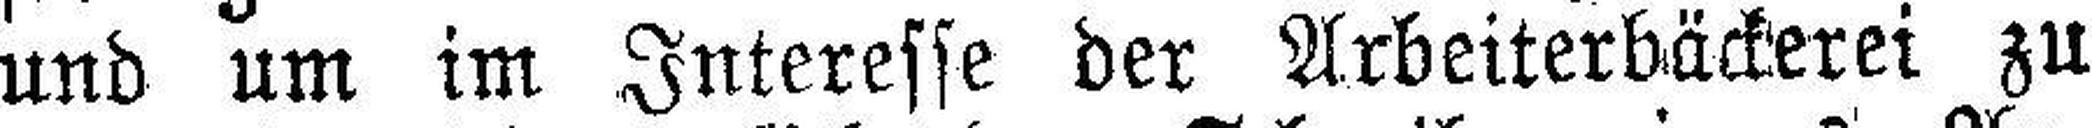
und um im Interesse der Arbeiterbäckerei zu